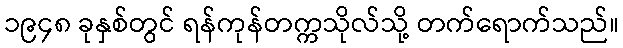
၁၉၄၈ ခုနှစ်တွင် ရန်ကုန်တက္ကသိုလ်သို့ တက်ရောက်သည်။